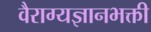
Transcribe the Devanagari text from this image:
वैराग्यज्ञानभक्ती